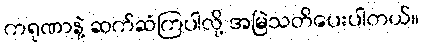
ကရုဏာနဲ့ ဆက်ဆံကြပါလို့ အမြဲသတိပေးပါတယ်။